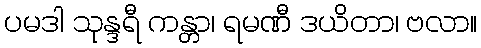
ပမဒါ သုန္ဒရီ ကန္တာ၊ ရမဏီ ဒယိတာ၊ ဗလာ။